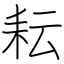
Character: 耘